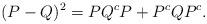
LaTeX: \begin{align*} (P-Q)^{2} = PQ^{c}P + P^{c}QP^{c}.\end{align*}